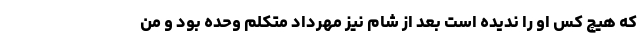
که هیچ کس او را ندیده است بعد از شام نیز مهرداد متکلم وحده بود و من